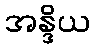
အန္ဒိယ